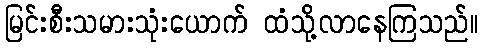
မြင်းစီးသမားသုံးယောက် ထံသို့လာနေကြသည်။